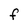
Character: F